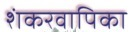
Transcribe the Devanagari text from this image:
शंकरवापिका